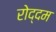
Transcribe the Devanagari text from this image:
रोद्दम